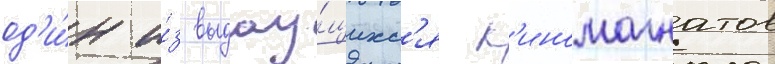
од'и́н и́з выдау́щихс'я к'иномагнатов